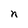
Character: n